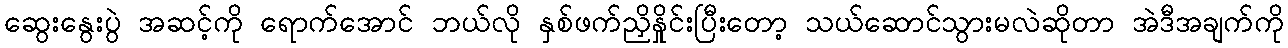
ဆွေးနွေးပွဲ အဆင့်ကို ရောက်အောင် ဘယ်လို နှစ်ဖက်ညှိနှိုင်းပြီးတော့ သယ်ဆောင်သွားမလဲဆိုတာ အဲဒီအချက်ကို